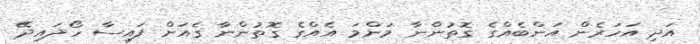
އަދި އަހަރެން އަންބެއްގެ ގޮތުންނާ މަންމަ އެއްގެ ގޮތުންނާ ގެއަށް ފައިސާ ހޯދައިދޭ